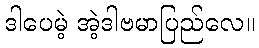
ဒါပေမဲ့ အဲ့ဒါဗမာပြည်လေ။